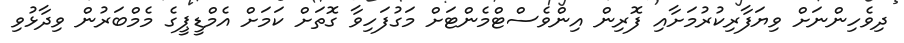
ދިވެހިންނަށް ވިޔަފާރިކުރުމަށާއި ފޮރިން އިންވެސްޓްމެންޓަށް މަގުފަހިވާ ގޮތަށް ކަމަށް އެމްޑީޕީގެ މެމްބަރުން ވިދާޅުވި